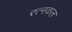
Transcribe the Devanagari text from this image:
रत्नकल